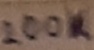
Text: 200K